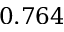
0 . 7 6 4